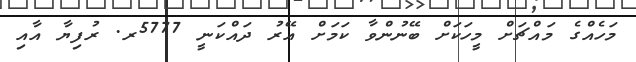
މަހެއްގެ މައްޗަށް މީހަކަށް ބޭނުންވާ ކަމަށް އޭރު ދައްކަނީ 5777ރ. ރުފިޔާ އާއި